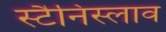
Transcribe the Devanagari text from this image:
स्टैनिस्लाव